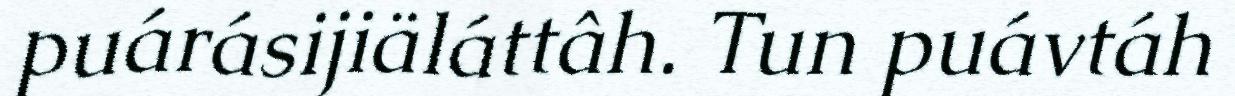
puárásijiäláttâh. Tun puávtáh